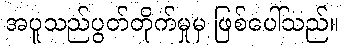
အပူသည်ပွတ်တိုက်မှုမှ ဖြစ်ပေါ်သည်။